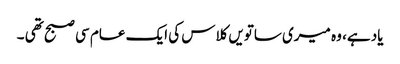
یاد ہے، وہ میری ساتویں کلاس کی ایک عام سی صبح تھی ۔